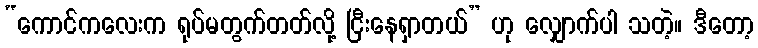
“ကောင်ကလေးက ရုပ်မတွက်တတ်လို့ ငြီးနေရှာတယ်” ဟု လျှောက်ပါ သတဲ့။ ဒီတော့